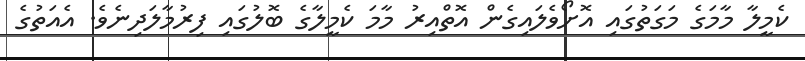
ކެމީލާ މާމަގެ މަގަތުގައި އޮށޯވެލައިގެން އޮތްއިރު މާމަ ކެމީލާގެ ބޮލުގައި ފިރުމާލަދިނެވެ. އެއަތުގެ